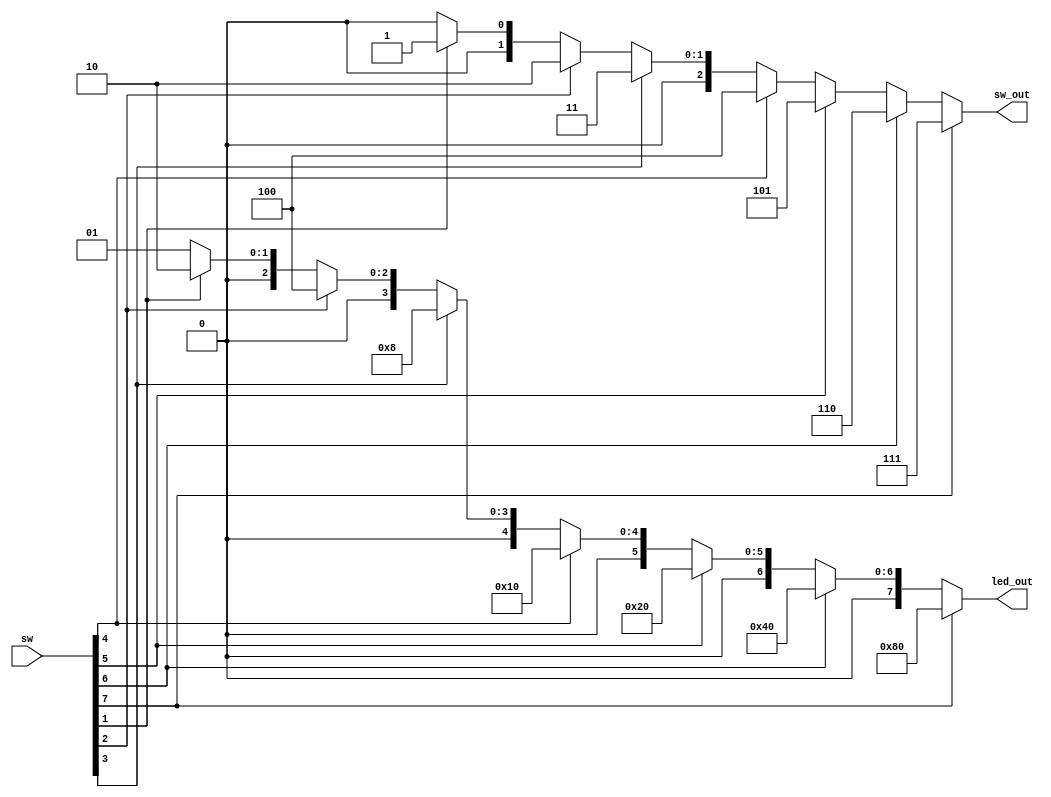
module switch_decoder(
	input [7:0] sw,
	output reg [7:0] led_out,
	output reg [2:0] sw_out
);

	// This is essentially an arbiter
	always @(*) begin
		if(sw[7]) begin
			led_out = 8'b10000000;
			sw_out = 3'd7;
		end else if(sw[6]) begin
			led_out = 8'b01000000;
			sw_out = 3'd6;
		end else if(sw[5]) begin
			led_out = 8'b00100000;
			sw_out = 3'd5;
		end else if(sw[4]) begin
			led_out = 8'b00010000;
			sw_out = 3'd4;
		end else if(sw[3]) begin
			led_out = 8'b00001000;
			sw_out = 3'd3;
		end else if(sw[2]) begin
			led_out = 8'b00000100;
			sw_out = 3'd2;
		end else if(sw[1]) begin
			led_out = 8'b00000010;
			sw_out = 3'd1;
		end else begin
			led_out = 8'b00000001;
			sw_out = 3'd0;
		end

	end 

endmodule